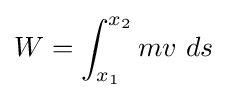
W=\int _{x_{1}}^{x_{2}}mv\ ds